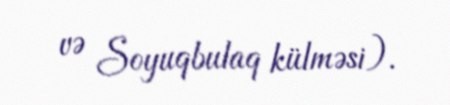
və Soyuqbulaq külməsi).